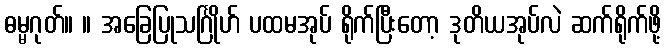
ဓမ္မဂုတ်။ ။ အခြေပြုသင်္ဂြိုဟ် ပထမအုပ် ရိုက်ပြီးတော့ ဒုတိယအုပ်လဲ ဆက်ရိုက်ဖို့